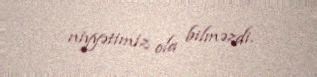
niyyətimiz ola bilməzdi.